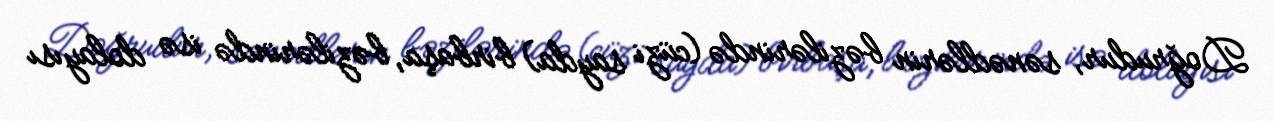
Doğrudur, sənədlərin bəzilərində (cüzi sayda) birbaşa, bəzilərində isə dolayısı